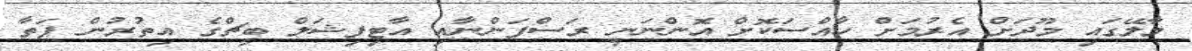
މާލޭގައި މޫދަށް އެރުމަށް ހާއްސަކޮށް އޮންނަނީ ރަސްފަންނާއި އާޓިފިޝަލް ބީޗްގެ އިތުރުން ފަތާ